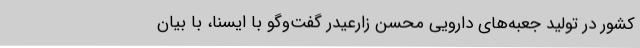
کشور در تولید جعبه‌های دارویی محسن زارعیدر گفت‌وگو با ایسنا، با بیان